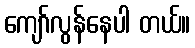
ကျော်လွန်နေပါ တယ်။